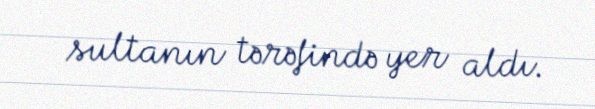
sultanın tərəfində yer aldı.